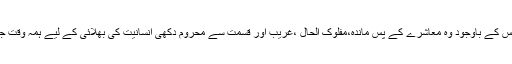
ان کے وسائل محدود تھے اس کے باوجود وہ معاشرے کے پس ماندہ،مفلوک الحال ،غریب اور قسمت سے محروم دکھی انسانیت کی بھلائی کے لیے ہمہ وقت جدوجہد میں مصروف رہتے۔